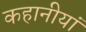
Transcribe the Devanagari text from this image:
कहानीयां